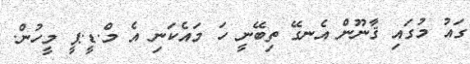
ގައު މުގައި ޤާނޫން އެނގޭ ތިބޭނީ ހަ މައެކަނި އެ މް.ޑީ.ޕީ މީހުން.